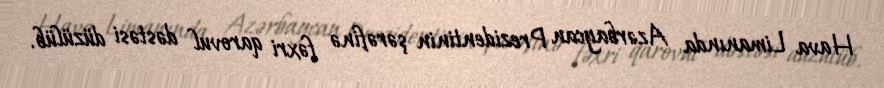
Hava Limanında Azərbaycan Prezidentinin şərəfinə fəxri qarovul dəstəsi düzülüb.